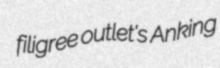
filigree outlet's Anking